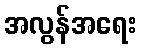
အလွန်အရေး